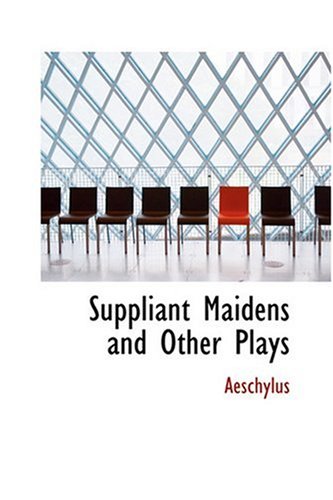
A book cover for Suppliant Maidens and Other Plays; Aeschylus; Literature & Fiction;